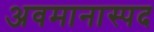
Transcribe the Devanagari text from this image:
अवमानास्पद